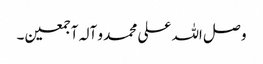
و صل اللہ علی محمد و آلہ آجمعین۔